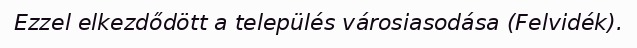
Ezzel elkezdődött a település városiasodása (Felvidék).